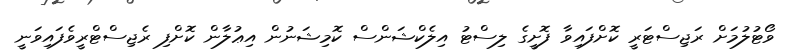
ވޯޓުލުމަށް ރަޖިސްޓަރީ ކޮށްފައިވާ ފޮށީގެ ލިސްޓު އިލެކްޝަންސް ކޮމިޝަނުން އިޢުލާން ކޮށްފި ރެޖިސްޓްރީވެފައިވަނީ